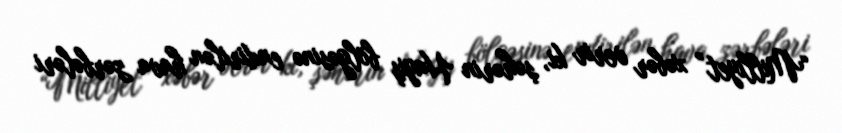
“Milliyet” xəbər verir ki, şəhərin Hayiş bölgəsinə endirilən hava zərbələri